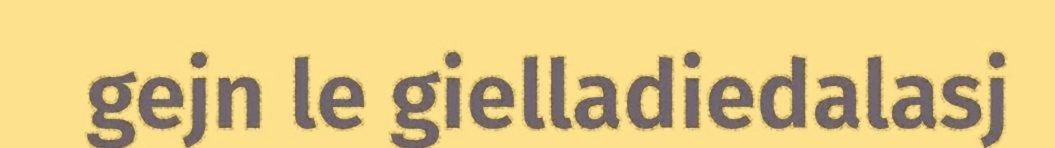
gejn le gielladiedalasj